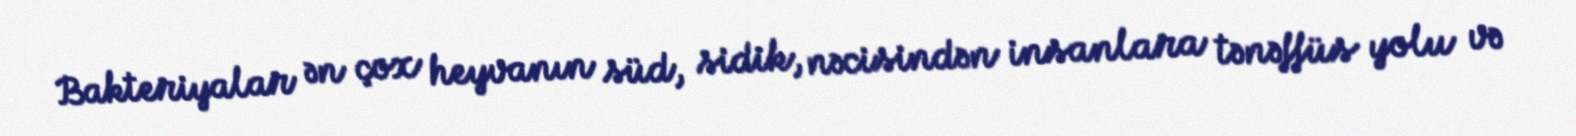
Bakteriyalar ən çox heyvanın süd, sidik, nəcisindən insanlara tənəffüs yolu və